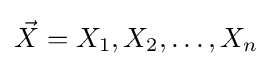
{\vec {X}}=X_{1},X_{2},\dots ,X_{n}